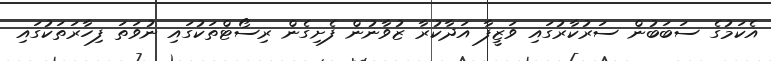
އެކަމުގެ ސަބަބުން ސަރުކާރުގައި ވަޒީފާ އަދާކުރާ ޒުވާނުން ފެށިގެން ރިސޯޓްތަކުގައި ނުވަތަ ފިހާރަތަކުގައި